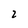
Character: 2